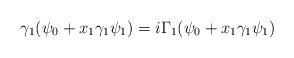
LaTeX: \begin{align*}\gamma_1(\psi_0+x_1\gamma_1\psi_1)=i\Gamma_1(\psi_0+x_1\gamma_1\psi_1)\end{align*}